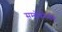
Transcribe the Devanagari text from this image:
सम्बोधनैर्भीतो